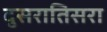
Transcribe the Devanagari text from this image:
दुसरातिसरा